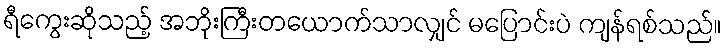
ရီကွေးဆိုသည့် အဘိုးကြီးတယောက်သာလျှင် မပြောင်းပဲ ကျန်ရစ်သည်။